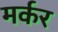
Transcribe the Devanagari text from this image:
मर्कर